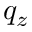
q _ { z }